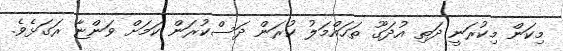
މިކަން މިކުރަނީ ދަތި އުދަގޫ ތަހައްމަލު ކުރަން ދަސްކުރަން ކަމަށް ވަންޏާ ރަގަޅެވެ.